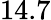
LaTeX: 14.7